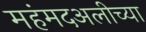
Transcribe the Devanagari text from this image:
महंमदअलीच्या